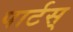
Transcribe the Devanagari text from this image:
पार्टस्